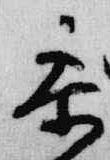
参